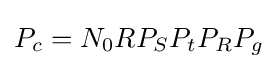
P_{c}=N_{0}RP_{S}P_{t}P_{R}P_{g}